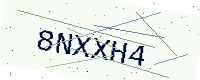
Text: 8NXXH4